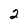
Character: 2